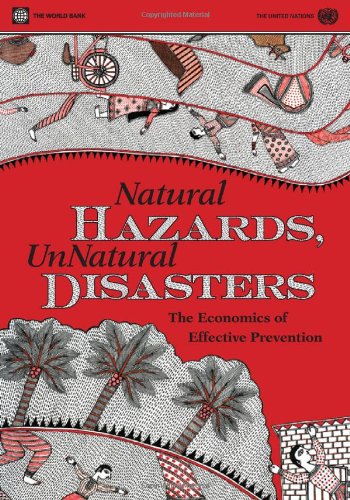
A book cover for Natural Hazards, UnNatural Disasters: The Economics of Effective Prevention; World Bank; Science & Math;